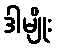
ဒါမျိုး